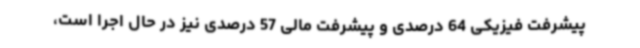
پیشرفت فیزیکی 64 درصدی و پیشرفت مالی 57 درصدی نیز در حال اجرا است،